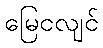
မြေငလျင်